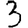
Digit: 3